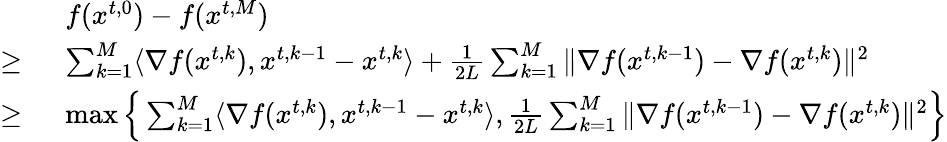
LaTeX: \begin{array}{rl}&{f({x}^{t,0})-f({x}^{t,M})}\\ {\ge\ }&{\sum_{k=1}^{M}\langle\nabla f({x}^{t,k}),{x}^{t,k-1}-{x}^{t,k}\rangle+\frac{1}{2L}\sum_{k=1}^{M}\| \nabla f({x}^{t,k-1})-\nabla f({x}^{t,k})\| ^{2}}\\ {\ge\ }&{\operatorname*{max}\Big\{ \sum_{k=1}^{M}\langle\nabla f({x}^{t,k}),{x}^{t,k-1}-{x}^{t,k}\rangle,\frac{1}{2L}\sum_{k=1}^{M}\| \nabla f({x}^{t,k-1})-\nabla f({x}^{t,k})\| ^{2}\Big\} }\end{array}